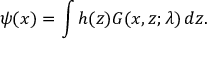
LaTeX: \psi ( x ) = \int h ( z ) G ( x , z ; \lambda ) \, d z .